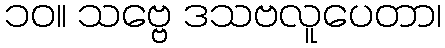
၁၀။ သဗ္ဗေ ဒသဗလူပေတာ၊